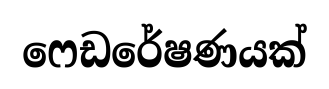
ෆෙඩරේෂණයක්